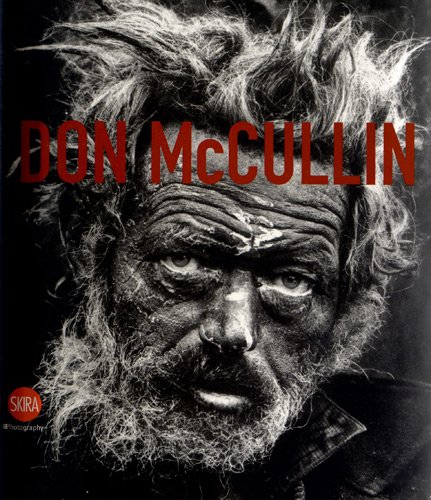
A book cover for Don McCullin: The Impossible Peace; Arts & Photography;